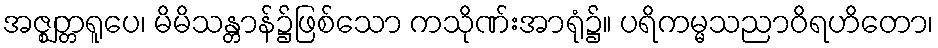
အဇ္ဈတ္တရူပေ၊ မိမိသန္တာန်၌ဖြစ်သော ကသိုဏ်းအာရုံ၌။ ပရိကမ္မသညာဝိရဟိတော၊